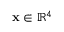
\mathbf { x } \in \mathbb { R } ^ { 4 }